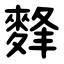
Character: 䴶